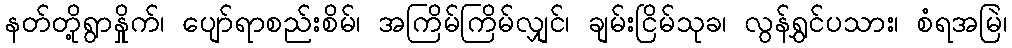
နတ်တို့ရွာနှိုက်၊ ပျော်ရာစည်းစိမ်၊ အကြိမ်ကြိမ်လျှင်၊ ချမ်းငြိမ်သုခ၊ လွန်ရွှင်ပသား၊ စံရအမြဲ၊